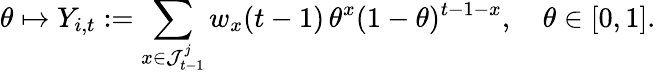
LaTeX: \theta\mapsto Y_{i,t}:=\sum_{x\in\mathcal{J}_{t-1}^{j}}w_{x}(t-1)\, \theta^{x}(1-\theta)^{t-1-x},\quad\theta\in[0,1].